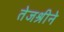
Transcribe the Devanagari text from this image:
तेजश्रीने